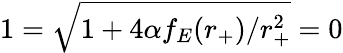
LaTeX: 1=\sqrt{1+4\alpha f_{E}(r_{+})/r_{+}^{2}}=0